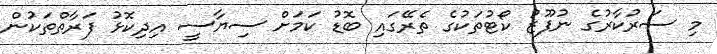
މި ސަރުކާރުގެ ނުފޫޒު ކޯޓުތަކުގެ ތެރޭގައި ބޮޑު ކަމަށް ސިޔާސީ އިދިކޮޅު ފަރާތްތަކުން